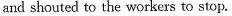
and shouted to the workers to stop.